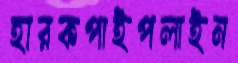
হারকপাইপলাইন